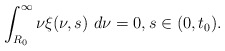
\begin{align*}\int_{R_{0}}^{\infty}\nu\xi(\nu,s)\ d\nu=0,s\in(0,t_{0}).\end{align*}